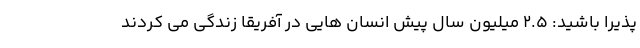
پذیرا باشید: 2.5 میلیون سال پیش انسان هایی در آفریقا زندگی می کردند